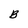
Character: B